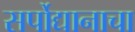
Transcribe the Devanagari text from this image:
सर्पोद्यानाचा